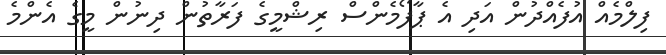
ފިލްމެއް އުފެއްދުން އަދި އެ ޕާފޯމެންސް ރިޝްމީގެ ފަރާތުން ދިނުން މީގެ އެންމެ